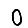
Digit: 0